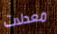
معدلات